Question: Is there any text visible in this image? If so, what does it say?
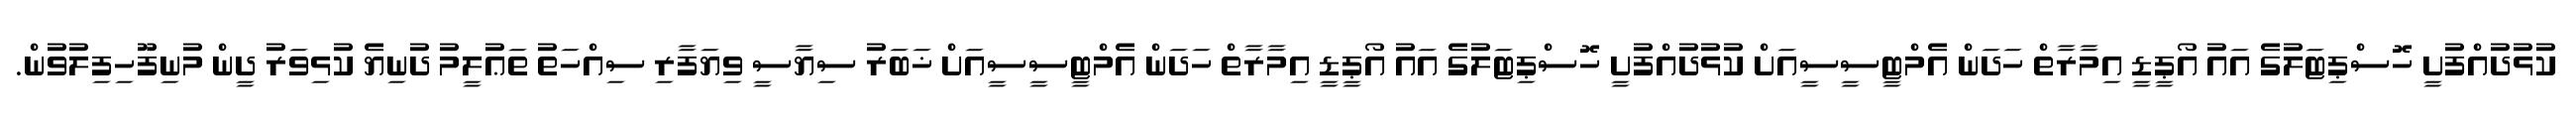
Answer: ކުޅުދުއްފުށީ ހޮސްޕިޓަލުގެ އައު އޯޕީޑީ އިމާރާތް ހަދަން އެމްޓީސީސީއަށް ކުޅުދުއްފުށީ ހޮސްޕިޓަލުގެ އައު އޯޕީޑީ އިމާރާތް ހަދަން އެމްޓީސީސީއަށް ޚަބަރު ސިޔާސީ ވިޔަފާރި ސިއްހަތު ތަޢުލީމު ދުނިޔެ ކުޅިވަރު ދީން މުނިފޫހިފިލުވުން.